Calcutta medical institutions reports 1892-1900
Year: 1892
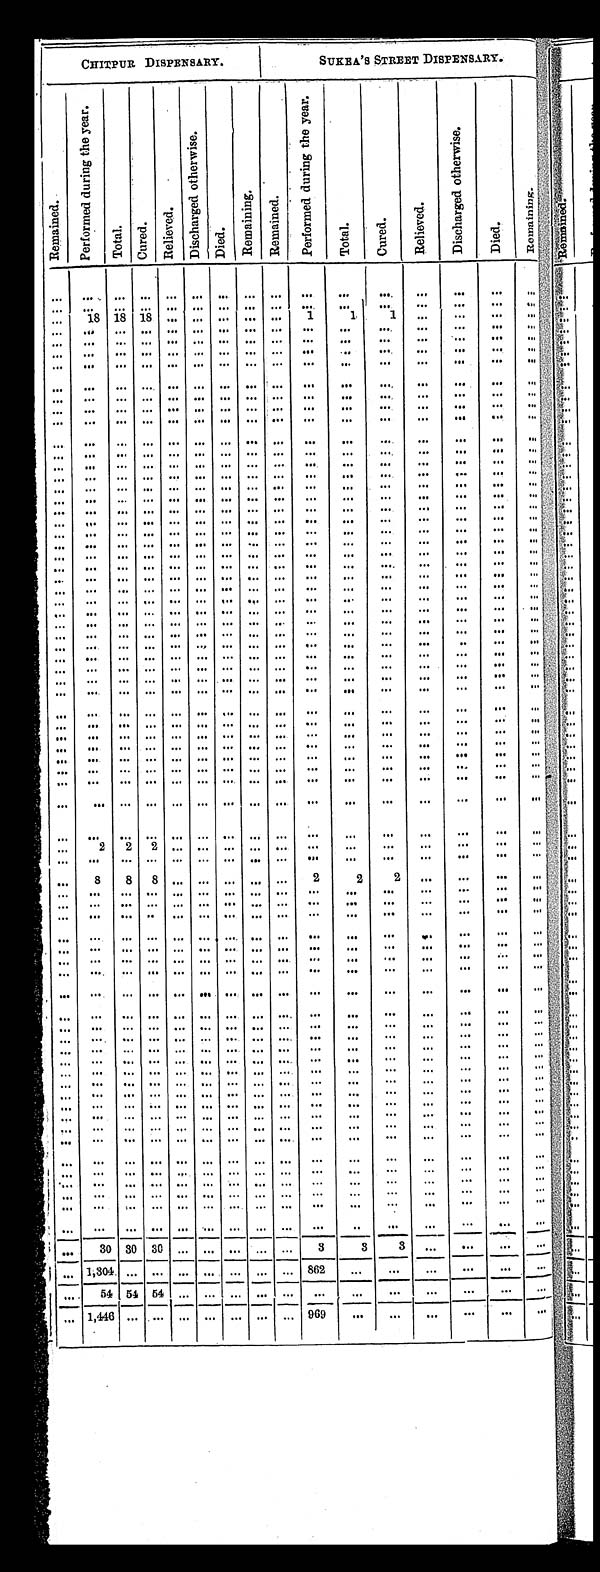
CHITPUR DISPENSARY.
SUKEA'S STREET DISPENSARY.
R e m a i n e d .
P e r f o r m e d d u r i n g t h e y e a r .
Total.
C u r e d .
R e l i e v e d .
D i s c h a r g e d o t h e r w i s e .
D i e d .
R e m a i n g .
R e m a i n e d .
P e r f o r m e d d u r i n g t h e y e a r .
T o t a l . C u r e d .
R e l i e v e d .
D i s c h a r g e d o t h e r w i s e .
D i e d .
R e m a i n i n g
18 18 18
1 1
1
2 2
2
8 8 8
2
2 2
30 30 30
3
3
3
1,304
8 6 2
54 54 54
1 , 4 4 6
9 6 9